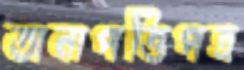
অনাপত্তিপত্র